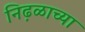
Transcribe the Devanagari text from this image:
निढ़ळाच्या